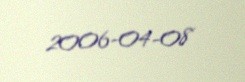
2006-04-08